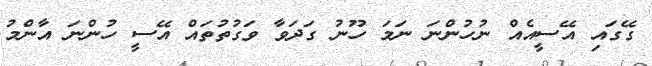
ގޭގައި އޭސީއެއް ނުހުންނަ ނަމަ ހޫނު ގަދަވާ ވަގުތުތައް އޭސީ ހުންނަ އާންމު